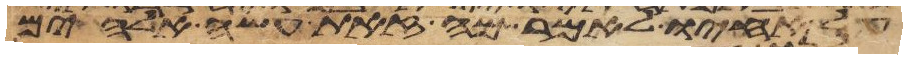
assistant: על אחיו לאמר מה זאת עשה אלהים